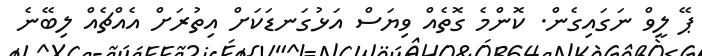
ޕޭ ލީވް ނަގައިގެން. ކޮންމެ ގޮތެއް ވިޔަސް އަޅުގަނޑަކަށް އިތުރަށް އެއްޗެއް ލިބޭނެ